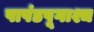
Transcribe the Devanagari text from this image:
पाषंडपूगाश्च